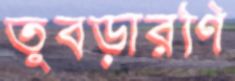
তুবড়ারণি